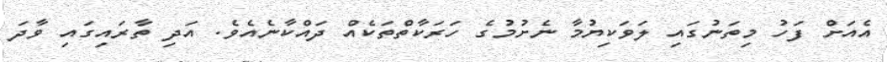
އެއަށް ފަހު މިތަނުގައި ލަވަކިޔުމާ ނެށުމުގެ ހަރަކާތްތަކެއް ދައްކާނެއެވެ. އަދި ތާރައިގައި ވާދަ